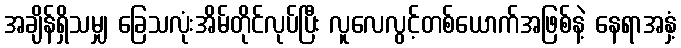
အချိန်ရှိသမျှ ခြေသလုံးအိမ်တိုင်လုပ်ပြီး လူလေလွင့်တစ်ယောက်အဖြစ်နဲ့ နေရာအနှံ့